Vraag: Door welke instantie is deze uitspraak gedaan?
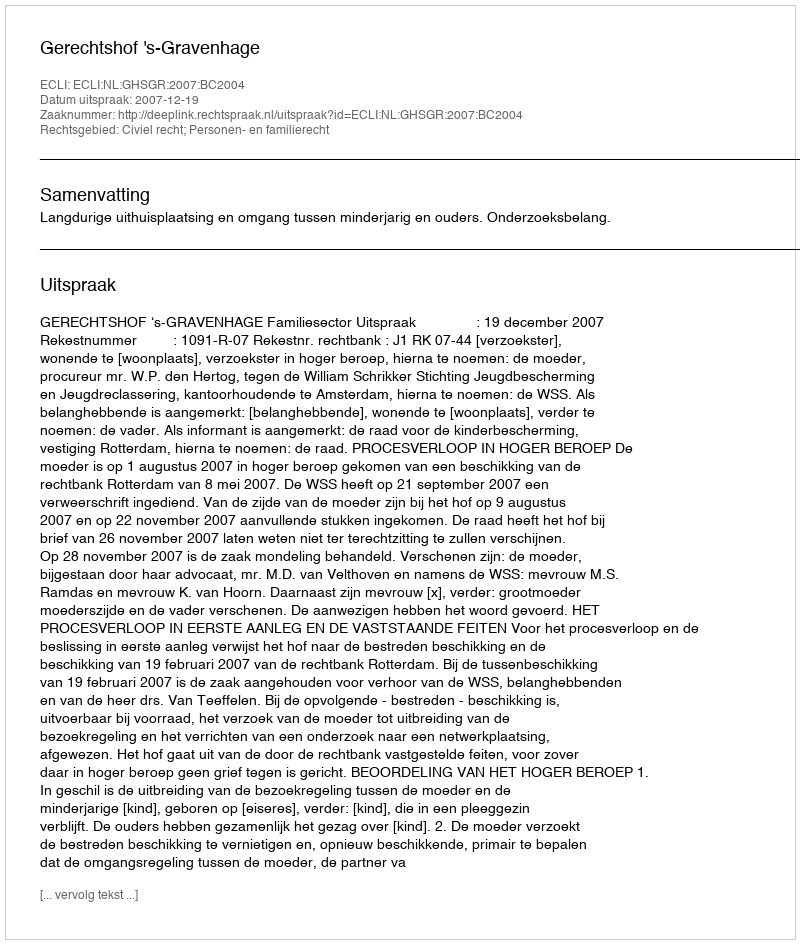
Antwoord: Gerechtshof 's-Gravenhage